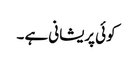
کوئی پریشانی ہے ۔